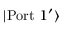
| \mathrm { P o r t } \ 1 ^ { \prime } \rangle